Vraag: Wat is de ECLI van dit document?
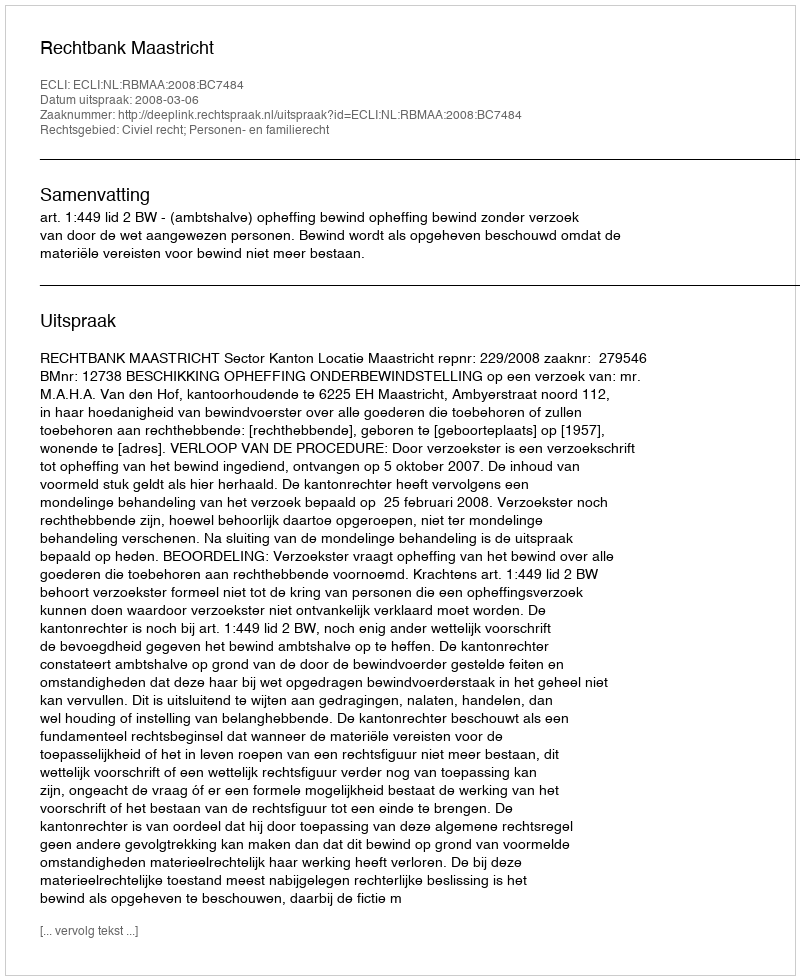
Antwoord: ECLI:NL:RBMAA:2008:BC7484